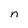
Character: n